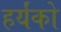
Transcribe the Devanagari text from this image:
हर्यंको